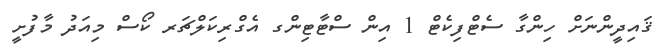
ޤައިދީންނަށް ހިންގާ ސެޓްފިކެޓް 1 އިން ސްޓާޓިންގ އެގްރިކަލްޗަރ ކޯސް މިއަދު މާފުށީ